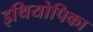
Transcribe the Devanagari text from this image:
इथियोपिका